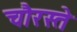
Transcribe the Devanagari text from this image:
चौरस्ते